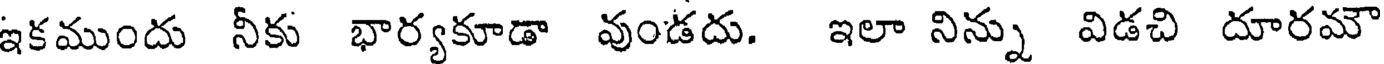
ఇకముందు నీకు భార్యకూడా వుండదు. ఇలా నిన్ను విడచి దూరమౌ